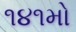
૧૪૧મો